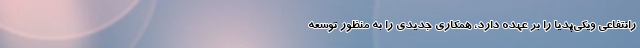
رانتفاعی ویکی‌پدیا را بر عهده دارد، همکاری جدیدی را به منظور توسعه